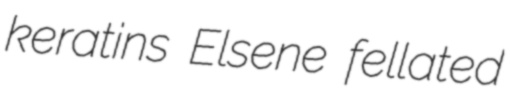
keratins Elsene fellated